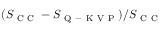
( S _ { \mathrm { ~ C ~ C ~ } } - S _ { \mathrm { ~ Q ~ - ~ K ~ V ~ P ~ } } ) / S _ { \mathrm { ~ C ~ C ~ } }